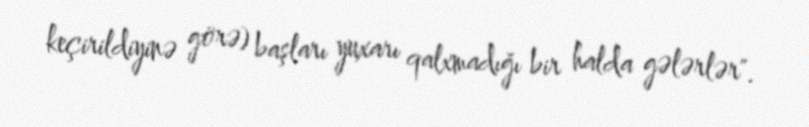
keçirildiyinə görə) başları yuxarı qalxmadığı bir halda gələrlər".